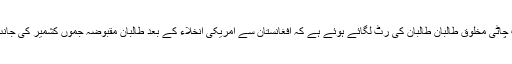
پاکستان میں پائی جانے والی جاہل، عقل و شعور سے خالی، بوٹ چاٹی مخلوق طالبان طالبان کی رٹ لگائے ہوئے ہے کہ افغانستان سے امریکی انخلاء کے بعد طالبان مقبوضہ جموں کشمیر کی جانب گام زن ہوں گے اور بھارتیوں کی اینٹ سے اینٹ بجا دیں گے۔